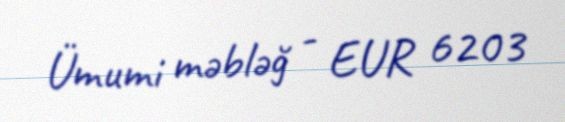
Ümumi məbləğ - EUR 6203